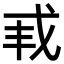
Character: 𫻩